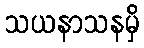
သယနာသနမှိ